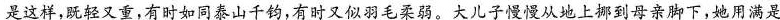
是这样，既轻又重，有时如同泰山千钧，有时又似羽毛柔弱。大儿子慢慢从地上挪到母亲脚下，她用满是